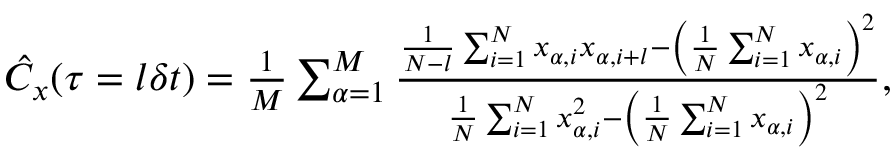
\begin{array} { r } { \hat { C } _ { x } ( \tau = l \delta t ) = \frac { 1 } { M } \sum _ { \alpha = 1 } ^ { M } \frac { \frac { 1 } { N - l } \sum _ { i = 1 } ^ { N } x _ { \alpha , i } x _ { \alpha , i + l } - \left( \frac { 1 } { N } \sum _ { i = 1 } ^ { N } x _ { \alpha , i } \right) ^ { 2 } } { \frac { 1 } { N } \sum _ { i = 1 } ^ { N } x _ { \alpha , i } ^ { 2 } - \left( \frac { 1 } { N } \sum _ { i = 1 } ^ { N } x _ { \alpha , i } \right) ^ { 2 } } , } \end{array}